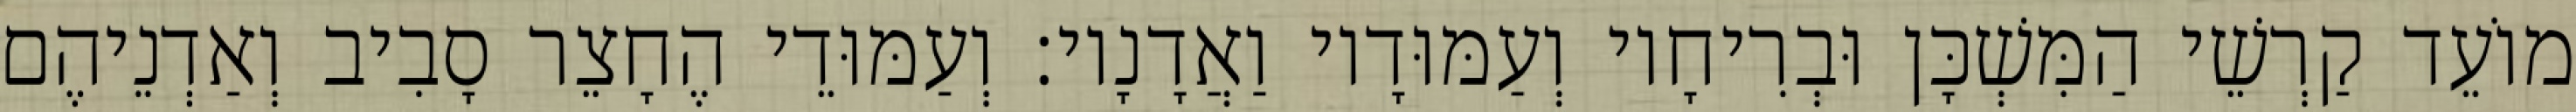
מוֹעֵד קַרְשֵׁי הַמִּשְׁכָּן וּבְרִיחָיו וְעַמּוּדָיו וַאֲדָנָיו׃ וְעַמּוּדֵי הֶחָצֵר סָבִיב וְאַדְנֵיהֶם